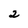
Character: 2